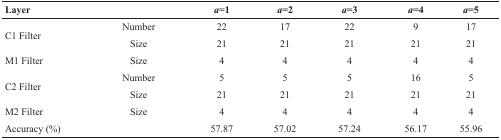
<table><thead><tr><td><b>Layer</b></td><td></td><td><b><i>a</i>=1</b></td><td><b><i>a</i>=2</b></td><td><b><i>a</i>=3</b></td><td><b><i>a</i>=4</b></td><td><b><i>a</i>=5</b></td></tr></thead><tbody><tr><td rowspan="2">C1 Filter</td><td>Number</td><td>22</td><td>17</td><td>22</td><td>9</td><td>17</td></tr><tr><td>Size</td><td>21</td><td>21</td><td>21</td><td>21</td><td>21</td></tr><tr><td>M1 Filter</td><td>Size</td><td>4</td><td>4</td><td>4</td><td>4</td><td>4</td></tr><tr><td rowspan="2">C2 Filter</td><td>Number</td><td>5</td><td>5</td><td>5</td><td>16</td><td>5</td></tr><tr><td>Size</td><td>21</td><td>21</td><td>21</td><td>21</td><td>21</td></tr><tr><td>M2 Filter</td><td>Size</td><td>4</td><td>4</td><td>4</td><td>4</td><td>4</td></tr><tr><td colspan="2">Accuracy (%)</td><td>57.87</td><td>57.02</td><td>57.24</td><td>56.17</td><td>55.96</td></tr></tbody></table>